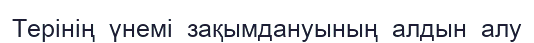
Терінің  үнемі  зақымдануының  алдын  алу